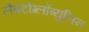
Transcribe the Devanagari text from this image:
लैक्टोग्लॉब्युलिन